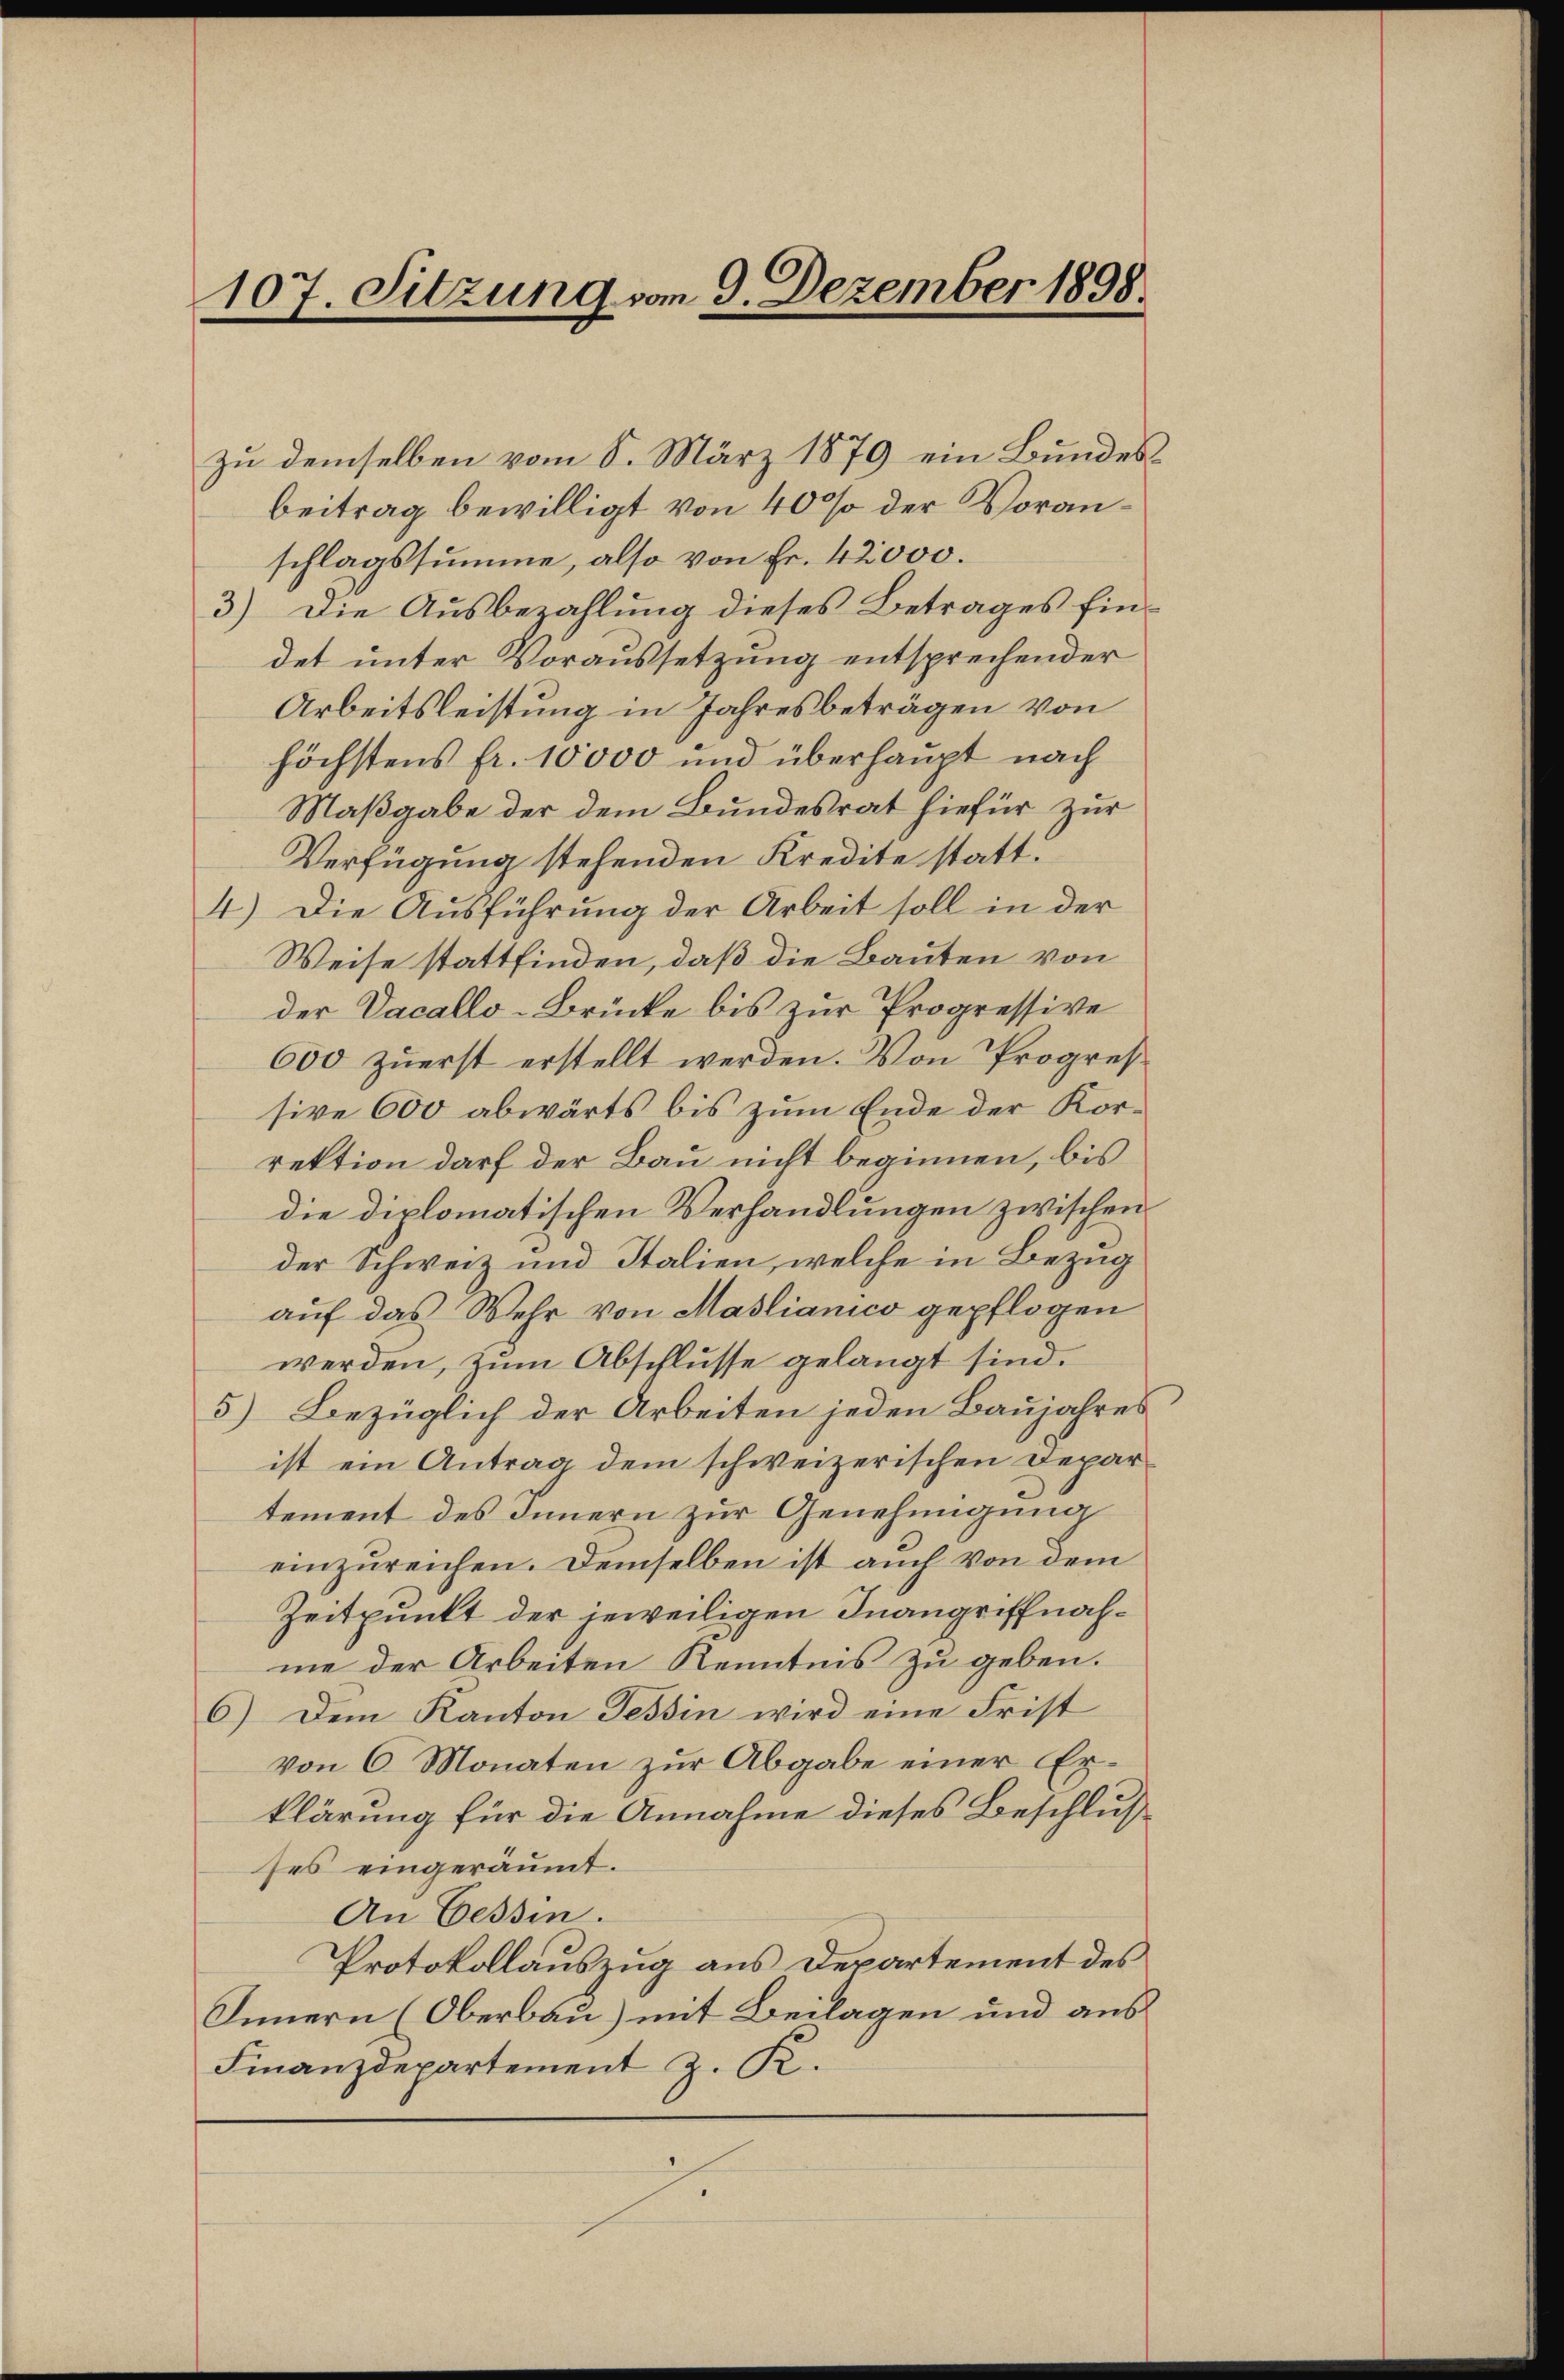
107. Sitzung vom 9. Dezember 1898

zu demselben vom 8. März 1879 ein Bundesbeitrag bewilligt von 40% der Voranschlagssumme, also von Fr. 42000.
3) Die Ausbezahlung dieses Betrages findet unter Voraussetzung entsprechender
Arbeitsleistung in Jahresbeträgen von
höchstens fr. 10000 und überhaupt nach
Maßgabe der dem Bundesrat hiefür zur
Verfügung stehenden Kredite statt.
4.) Die Ausführung der Arbeit soll in der
Weise stattfinden, daß die Bauten von
der Vacallo-Brücke bis zur Progressive
600 zuerst erstellt werden. Von Progres
sive 600 abwärts bis zum Ende der Korrektion darf der Bau nicht beginnen, bis
die diplomatischen Verhandlungen zwischen
der Schweiz und Italien, welche in Bezug
auf das Wehr von Maslianico gepflogen
werden, zum Abschlusse gelangt sind.
5) Bezüglich der Arbeiten jeden Baujahres
ist ein Antrag dem schweizerischen Departement des Innern zur Genehmigung
einzureichen. Demselben ist auch von dem
Zeitpunkt der jeweiligen Inangriffnahme der Arbeiten Kenntnis zu geben.
6) Dem Kanton Tessin wird eine Frist
von 6 Monaten zur Abgabe einer Erklärung für die Annahme dieses Beschlus
ses eingeräumt.
An Cessin.
Protokollauszug aus Departement des
Innern (Oberbau) mit Beilagen und aus
Finanzdepartement z. R.